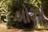
બોઝા